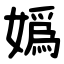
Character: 嬀